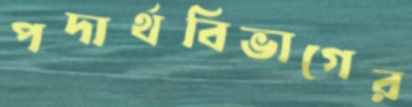
পদার্থবিভাগের